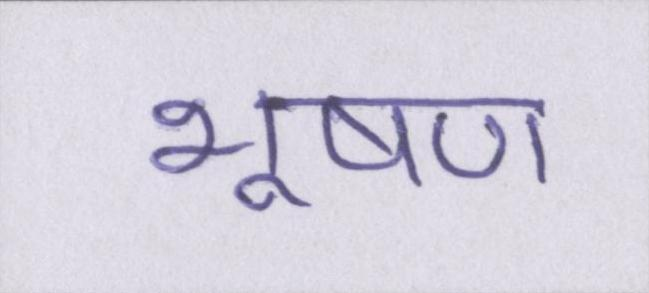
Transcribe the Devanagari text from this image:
भूषण